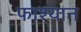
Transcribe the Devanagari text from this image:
फाश्यान